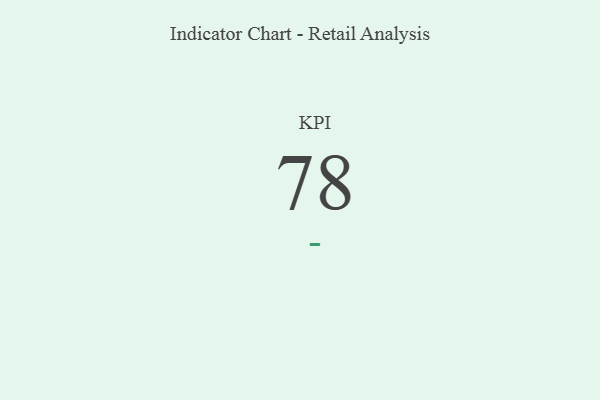
{"axis": {"x": "KPI", "y": "Value"}, "legend": [""], "data": [{"x": "KPI", "y": 78, "type": ""}]}